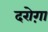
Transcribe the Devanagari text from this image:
दरोग़ा